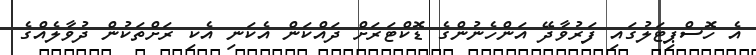
އެ ހޮސްޕިޓަލުގައި ފަރުވާދޭ އަންހެނުންގެ ޑޮކްޓަރަށް ދައްކަން އެކަނި އެކި ރަށްތަކުން ދުވާލެއްގެ